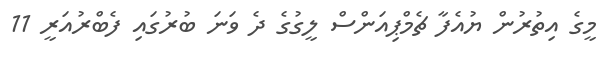
މީގެ އިތުރުން ޔުއެފާ ޗެމްޕިއަންސް ލީގުގެ ދެ ވަނަ ބުރުގައި ފެބްރުއަރީ 11